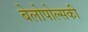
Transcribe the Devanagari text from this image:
बेलोपोल्सकी